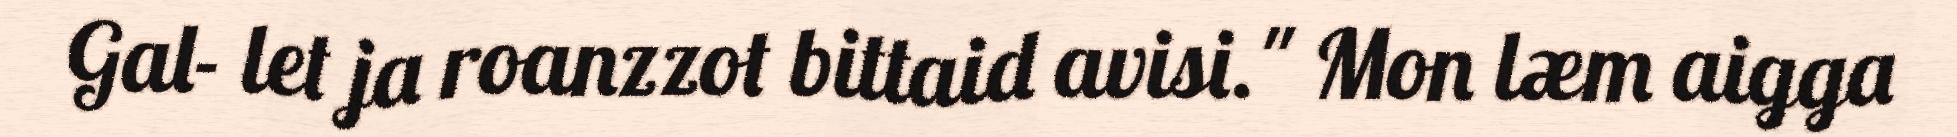
Gal- let ja roanzzot bittaid avisi." Mon læm aigga